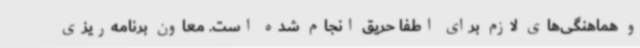
و هماهنگی‌های لازم برای اطفا حریق انجام شده است. معاون برنامه‌ریزی